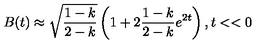
B ( t ) \approx \sqrt { \frac { 1 - k } { 2 - k } } \left( 1 + 2 \frac { 1 - k } { 2 - k } e ^ { 2 t } \right) , t < < 0